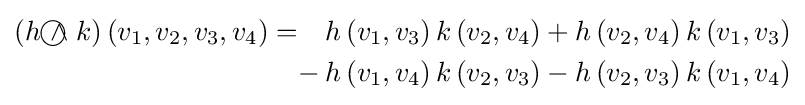
{\begin{aligned}(h{~\wedge \!\!\!\!\!\!\!\!\;\bigcirc ~}k)\left(v_{1},v_{2},v_{3},v_{4}\right)=\quad &h\left(v_{1},v_{3}\right)k\left(v_{2},v_{4}\right)+h\left(v_{2},v_{4}\right)k\left(v_{1},v_{3}\right)\\{}-{}&h\left(v_{1},v_{4}\right)k\left(v_{2},v_{3}\right)-h\left(v_{2},v_{3}\right)k\left(v_{1},v_{4}\right)\end{aligned}}